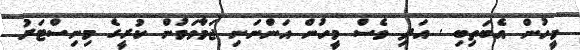
މީހުން އެބަތިބި . އަދި ވެސް މީހުން އަންނަނި ޖަމާވަމުން ކުރީގެ މިނިސްޓަރު